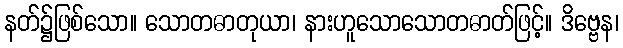
နတ်၌ဖြစ်သော။ သောတဓာတုယာ၊ နားဟူသောသောတဓာတ်ဖြင့်။ ဒိဗ္ဗေန၊